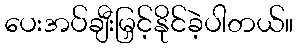
ပေးအပ်ချီးမြှင့်နိုင်ခဲ့ပါတယ်။